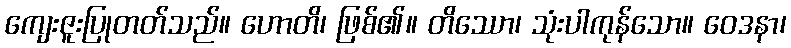
ကျေးဇူးပြုတတ်သည်။ ဟောတိ၊ ဖြစ်၏။ တိဿော၊ သုံးပါကုန်သော။ ဝေဒနာ၊